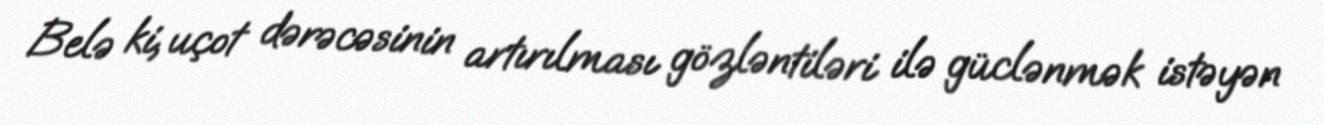
Belə ki, uçot dərəcəsinin artırılması gözləntiləri ilə güclənmək istəyən